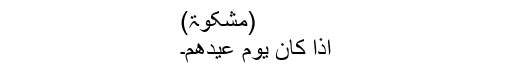
(مشکوٰۃ)
اذا کان یوم عیدھم۔